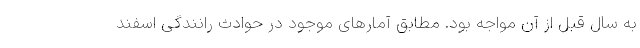
به سال قبل از آن مواجه بود. مطابق آمارهای موجود در حوادث رانندگی اسفند